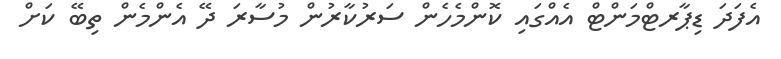
އެފަދަ ޑިޕާރޓްމަންޓް އެއްގައި ކޮންމެހެން ސަރުކާރުން މުސާރަ ދޭ އެންމެން ތިބޭ ކަށް